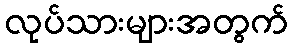
လုပ်သားများအတွက်